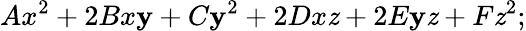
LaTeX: Ax^{2}+2Bx\mathbf{y}+C\mathbf{y}^{2}+2Dx\mathit{z}+2E\mathbf{y}\mathit{z}+F\mathit{z}^{2};